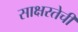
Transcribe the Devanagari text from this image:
साक्षरतेची